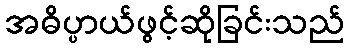
အဓိပ္ပာယ်ဖွင့်ဆိုခြင်းသည်